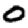
Digit: 0